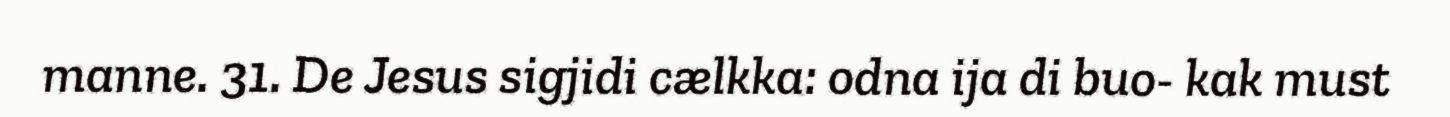
manne. 31. De Jesus sigjidi cælkka: odna ija di buo- kak must